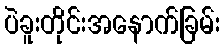
ပဲခူးတိုင်းအနောက်ခြမ်း